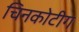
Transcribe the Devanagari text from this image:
चिनकोटीग